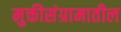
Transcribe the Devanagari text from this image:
मुक्तीसंग्रामातील